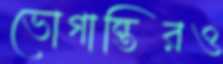
ভোগান্তিরও